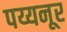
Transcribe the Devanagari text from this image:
पय्यनूर